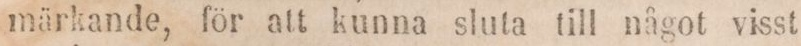
märkande, för att kunna sluta till något visst